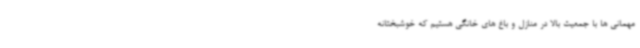
مهمانی ها با جمعیت بالا در منازل و باغ های خانگی هستیم که خوشبختانه